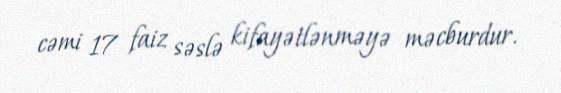
cəmi 17 faiz səslə kifayətlənməyə məcburdur.